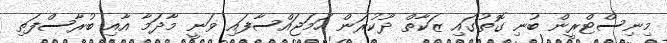
މިނިސްޓްރީން ބުނި ގޮތުގައި ޒަކާތް ދޫކުރަން ހަމަަޖައްސާފައި ވަނީ މާދަމާ އާއި ބުރާސްފަތި